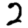
Digit: 2